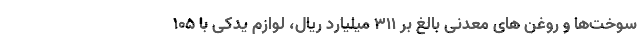
سوخت‌ها و روغن های معدنی بالغ بر ۳۱۱ میلیارد ریال، لوازم یدکی با ۱۰۵